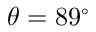
\theta = 8 9 ^ { \circ }